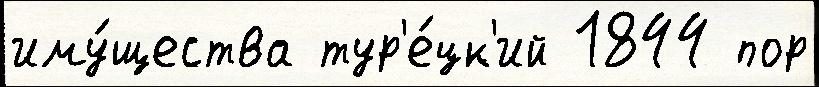
иму́щества тур'е́цк'ий 1844 пор